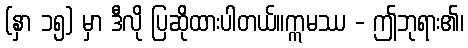
(နှာ ၁၅) မှာ ဒီလို ပြဆိုထားပါတယ်။ဣမဿ - ဤဘုရား၏၊